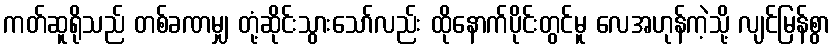
ကတ်ဆူရိုသည် တစ်ခဏမျှ တုံ့ဆိုင်းသွားသော်လည်း ထိုနောက်ပိုင်းတွင်မူ လေအဟုန်ကဲ့သို့ လျင်မြန်စွာ